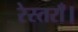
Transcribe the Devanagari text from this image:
रेस्तराँ।